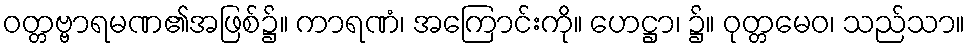
ဝတ္တဗ္ဗာရမဏ၏အဖြစ်၌။ ကာရဏံ၊ အကြောင်းကို။ ဟေဋ္ဌာ၊ ၌။ ဝုတ္တမေဝ၊ သည်သာ။